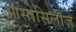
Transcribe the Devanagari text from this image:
आसोसिलीज़